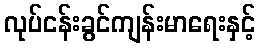
လုပ်ငန်းခွင်ကျန်းမာရေးနှင့်